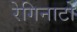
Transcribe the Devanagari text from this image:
रेगिनाटो